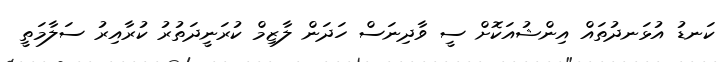
ކަނޑު އުޅަނދުތައް އިންޝުއަކޮށް ސީ ވާދިނަސް ހަދަން ލާޒިމް ކުރަނީދަތުރު ކުރާއިރު ސަލާމަތީ